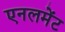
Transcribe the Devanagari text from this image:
एनलमेंट